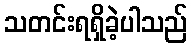
သတင်းရရှိခဲ့ပါသည်